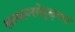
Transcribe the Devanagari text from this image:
सन्मान्सोह्ळ्यात